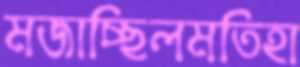
মজাচ্ছিলমতিহা